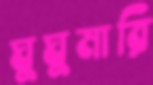
ঘুঘুমারি